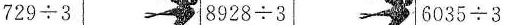
\triangle729÷3 \triangle\triangle8928÷3\triangle\triangle6035÷3\triangle